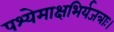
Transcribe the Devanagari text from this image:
पश्येमाक्षभिर्यजत्राः।